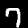
Digit: 7